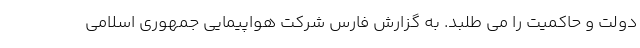
دولت و حاکمیت را می طلبد. به گزارش فارس شرکت هواپیمایی جمهوری اسلامی